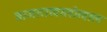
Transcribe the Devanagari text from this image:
बाजाराखालोखाल